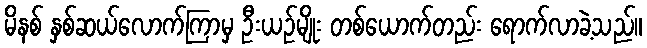
မိနစ် နှစ်ဆယ်လောက်ကြာမှ ဦးယဉ်မျိုး တစ်ယောက်တည်း ရောက်လာခဲ့သည်။